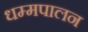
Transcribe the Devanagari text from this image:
धम्मपालन